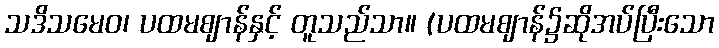
သဒိသမေဝ၊ ပထမဈာန်နှင့် တူသည်သာ။ (ပထမဈာန်၌ဆိုအပ်ပြီးသော